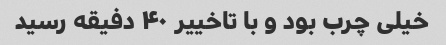
خیلی چرب بود و با تاخییر ۴۰ دفیقه رسید